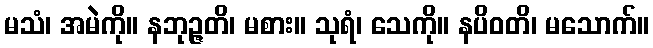
မသံ၊ အမဲကို။ နဘုဉ္ဇတိ၊ မစား။ သုရံ၊ သေကို။ နပိဝတိ၊ မသောက်။